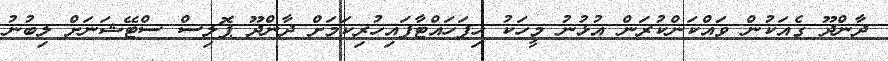
ދާންދޫ ގެއަކުން ވައްކަންކުރަން އުޅުނު މީހަކު ހިފަހައްޓާފައިހުރިކަމަށް ދާންދޫ ޕޮލިސް ސްޓޭޝަނަށް ލިބުނު